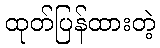
ထုတ်ပြန်ထားတဲ့